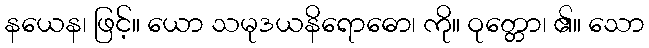
နယေန၊ ဖြင့်။ ယော သမုဒယနိရောဓော၊ ကို။ ဝုတ္တော၊ ၏။ သော